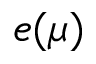
e ( \mu )